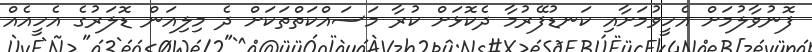
ފޮނުވާލުމަށް އެހީވުމަށާއި ކަނޑުފޭރުމާ ދެކޮޅަށް ކުރާ މަސައްކަތްތަކަށް ދެ މިލިއަން ޑޮލަރުގެ އެހީއެއް